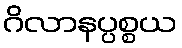
ဂိလာနပ္ပစ္စယ